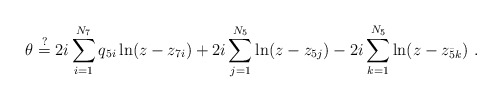
\begin{align*}\theta \stackrel{?}{=} 2 i \sum_{i = 1}^{N_7} q_{5i} \ln(z - z_{7i})+ 2i \sum_{j = 1}^{N_5} \ln(z - z_{5j})- 2i \sum_{k = 1}^{N_{\bar 5}} \ln(z - z_{\bar 5k})\ . \end{align*}